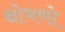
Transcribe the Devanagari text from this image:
क्षोभणो